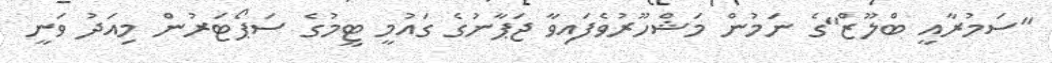
"ސަމުރާއީ ބްލޫޒް"ގެ ނަމުން މަޝްހޫރުވެފައިވާ ޖަޕާނުގެ ގައުމީ ޓީމުގެ ސަޕޯޓަރުން މިއަދު ވަނީ